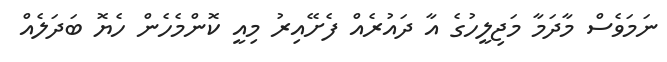
ނަމަވެސް މާދަމާ މަޖިލީހުގެ އާ ދައުރެއް ފެށޭއިރު މިއީ ކޮންމެހެން ހެޔޮ ބަދަލެއް